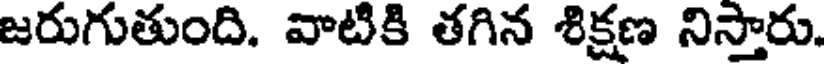
జరుగుతుంది. వాటికి తగిన శిక్షణ నిస్తారు.